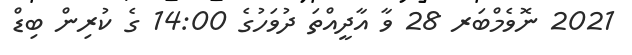
2021 ނޮވެމްބަރ 28 ވާ އާދީއްތަ ދުވަހުގެ 14:00 ގެ ކުރިން ބިޑް